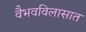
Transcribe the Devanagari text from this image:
वैभवविलासात